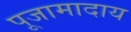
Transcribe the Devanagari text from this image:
पूजामादाय